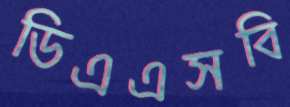
ডিএএসবি